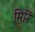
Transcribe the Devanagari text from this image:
मिरिं